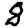
Digit: 8